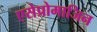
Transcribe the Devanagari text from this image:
एसेप्रोमाजिन